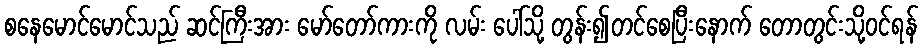
စနေမောင်မောင်သည် ဆင်ကြီးအား မော်တော်ကားကို လမ်း ပေါ်သို့ တွန်း၍တင်စေပြီးနောက် တောတွင်းသို့ဝင်ရန်